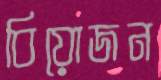
বিয়োজন